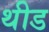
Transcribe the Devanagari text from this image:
थीड